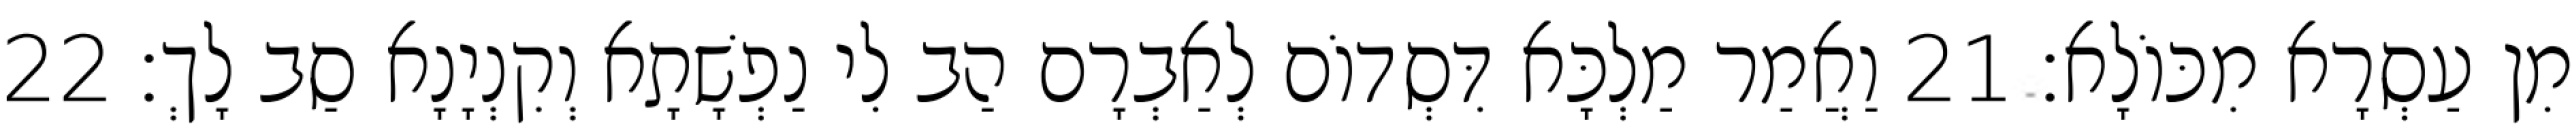
מִן עַסְרָא מִכּוֹלָא׃ 21 וַאֲמַר מַלְכָּא דִּסְדוֹם לְאַבְרָם הַב לִי נַפְשָׁתָא וְקִנְיָנָא סַב לָךְ׃ 22